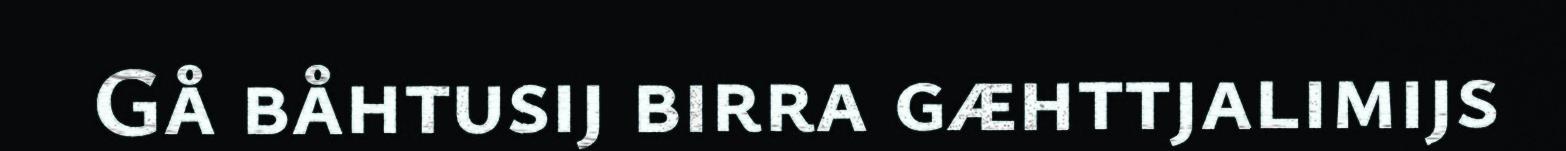
Gå båhtusij birra gæhttjalimijs